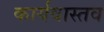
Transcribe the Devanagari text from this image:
कार्यवास्तव